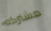
مشتركه